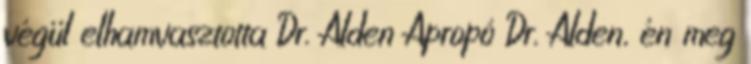
végül elhamvasztotta Dr. Alden Apropó Dr. Alden, én meg